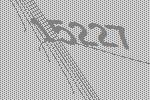
15227